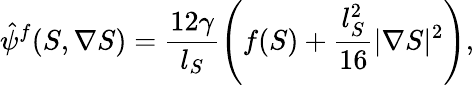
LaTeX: \hat{\psi}^{f}(S,\nabla{S})=\frac{12\gamma}{l_{S}}\left(f(S)+\frac{l_{S}^{2}}{16}\lvert\nabla{S}\rvert^{2}\right),